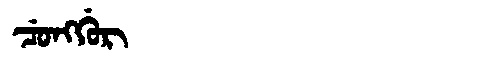
Manchu: ᠴᡠᠩᡤᡠᡵ
Romanization: CUNGGUR